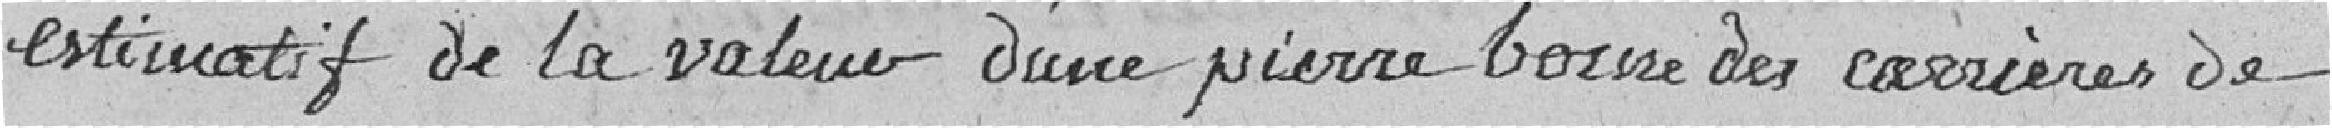
estimatif de la valeur d'une pierre borne des carrières de